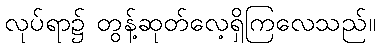
လုပ်ရာ၌ တွန့်ဆုတ်လေ့ရှိကြလေသည်။